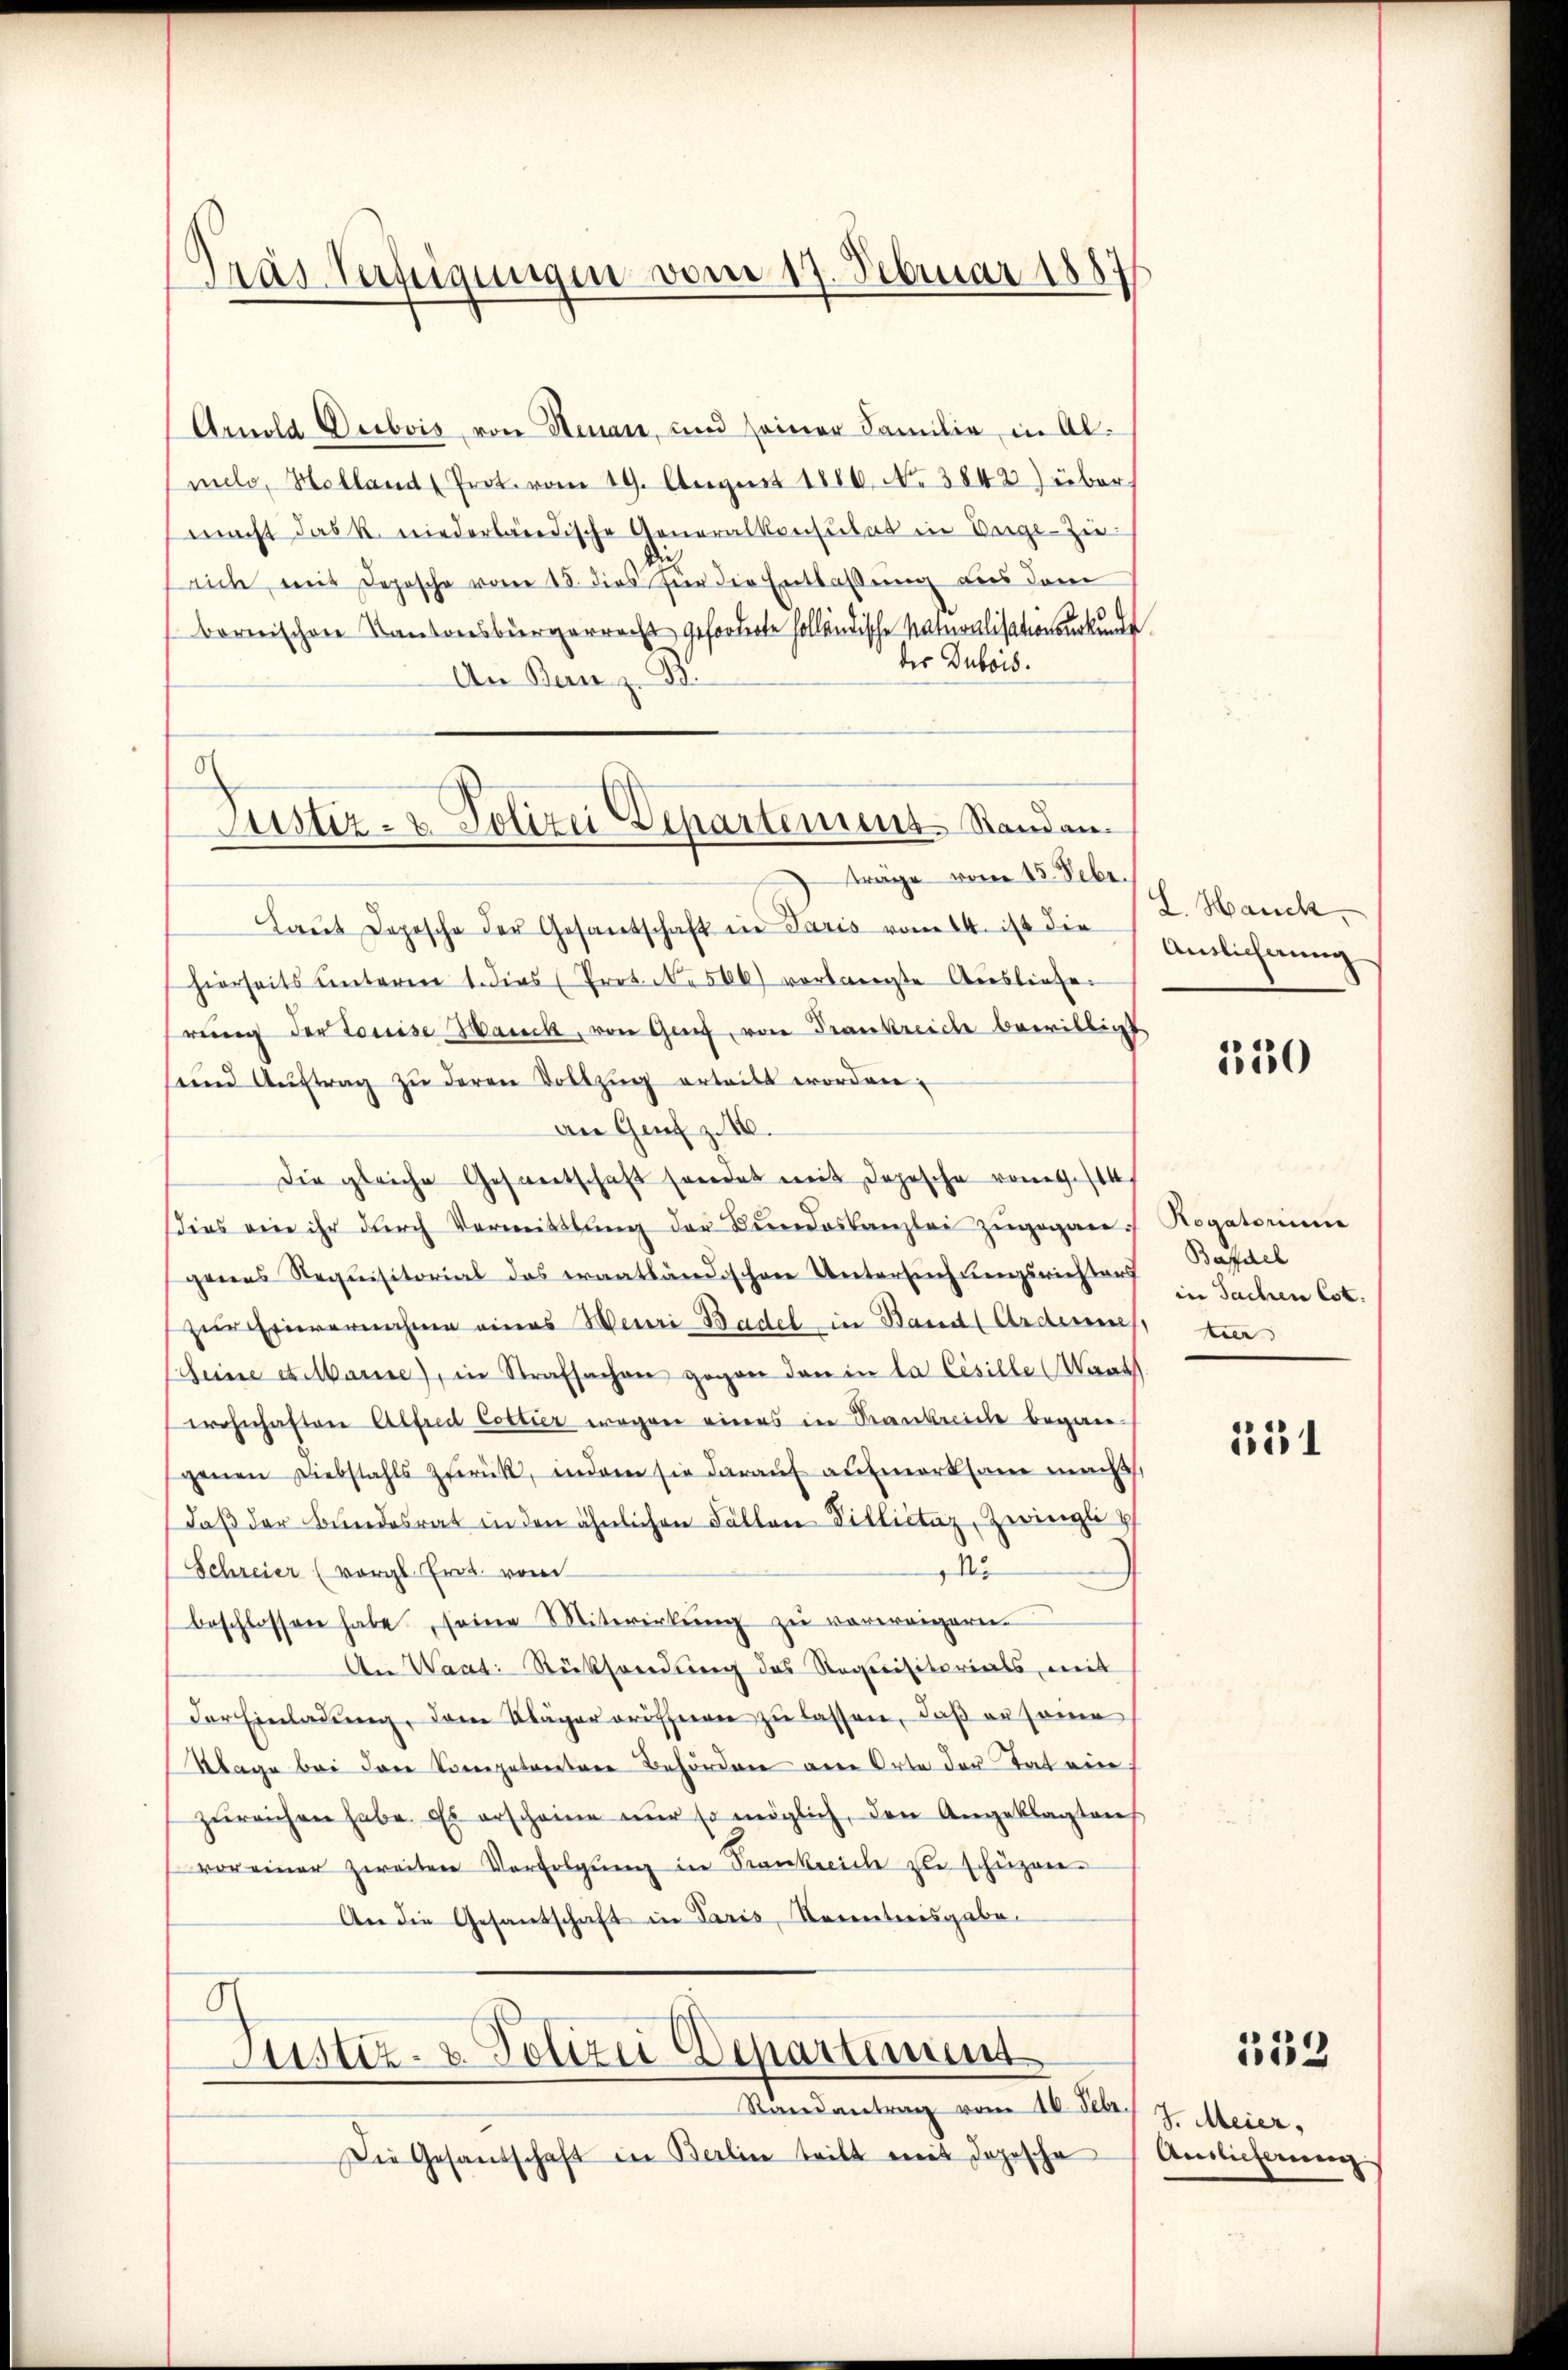
Gras Verftigungen vom 17. Februar 1887

Arnold Deibois von Stenant, und seiner Familie in Al-
mels, Holland (Prot. vom 19. August 1886. No 3842 Jüber
macht das k. niederländische Generalkonsulat in Verge-Zie¬
Die
rich, mit Deposche vom 18. dies für die Entlaßung aus dem
bornischen Kantonsbürgerrecht geforderte holländische Naturalisationsurkunde
des Dubois.
An Bern z. B.
Laŭt Dopische der Gesandschaft in Paris vom 14. ist die
hierseits unterm 1. dies (Prot. N. 566) verlangte Ausliefe.
rŭng der Louise Hanck, von Genf, von Frankreiche bewilligt
und Aŭftrag zŭ deren Vollzŭg erteilt worden:
an Genf z. 16.
Die gleiche Gesandtschaft sondet mit Depesche vom Ges
dies ein ihr dŭrch Vermittlung der Bŭndeskanzlei zugegangenes Requisitorial des erantländischen Untersuchungsrichters
zur Einvernahme eines Meuri Basel in Band (Ardnun
Seine stelbarise), in Strafsachen gegen den in la Cesille (Waat
wohnhaften Alfred costier wegen eines in Krankreiche begangenen Diebstahls zŭrück, indem sie daraŭf aŭfmerksam macht,
daβ der Bŭndesrat in den ähnlichen Fällen Dillictaz, Zwingli
15
Schreier (vergl. Erot. vom
beschlossen habe, seine Mitwirkung zu verweigern.
An Waat: Rücksendung des Requisitorials, mit
der Einladŭng, dem Kläger eröffnen zu lassen, daß ersone
Klage bei dere Vorgetreitere Behördene an Orte der Tat ein
zŭreichen habe. Es erscheine nŭr so möglich, den Angeklagten
vor einer zweiten Verfolgŭng in Frankreiche zu schüzen-
An die Gesandschaft in Paris, Kenntnisgabe.

.
Justiz- & Polizei Departement Standan
trage vom 15. Febr.

G
Justiz- & Polizei Departement
Randantrag vom 16. Febr. 7. Meier,

Die Gesandschaft in Berlin teilt mit Jojesche

L. Hanck
Auslicherung

330

Rogatorium
Baydel
in Sachen Cot.
 ta

551

152

Auslieferung